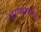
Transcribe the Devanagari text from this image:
धरण्याकरिता